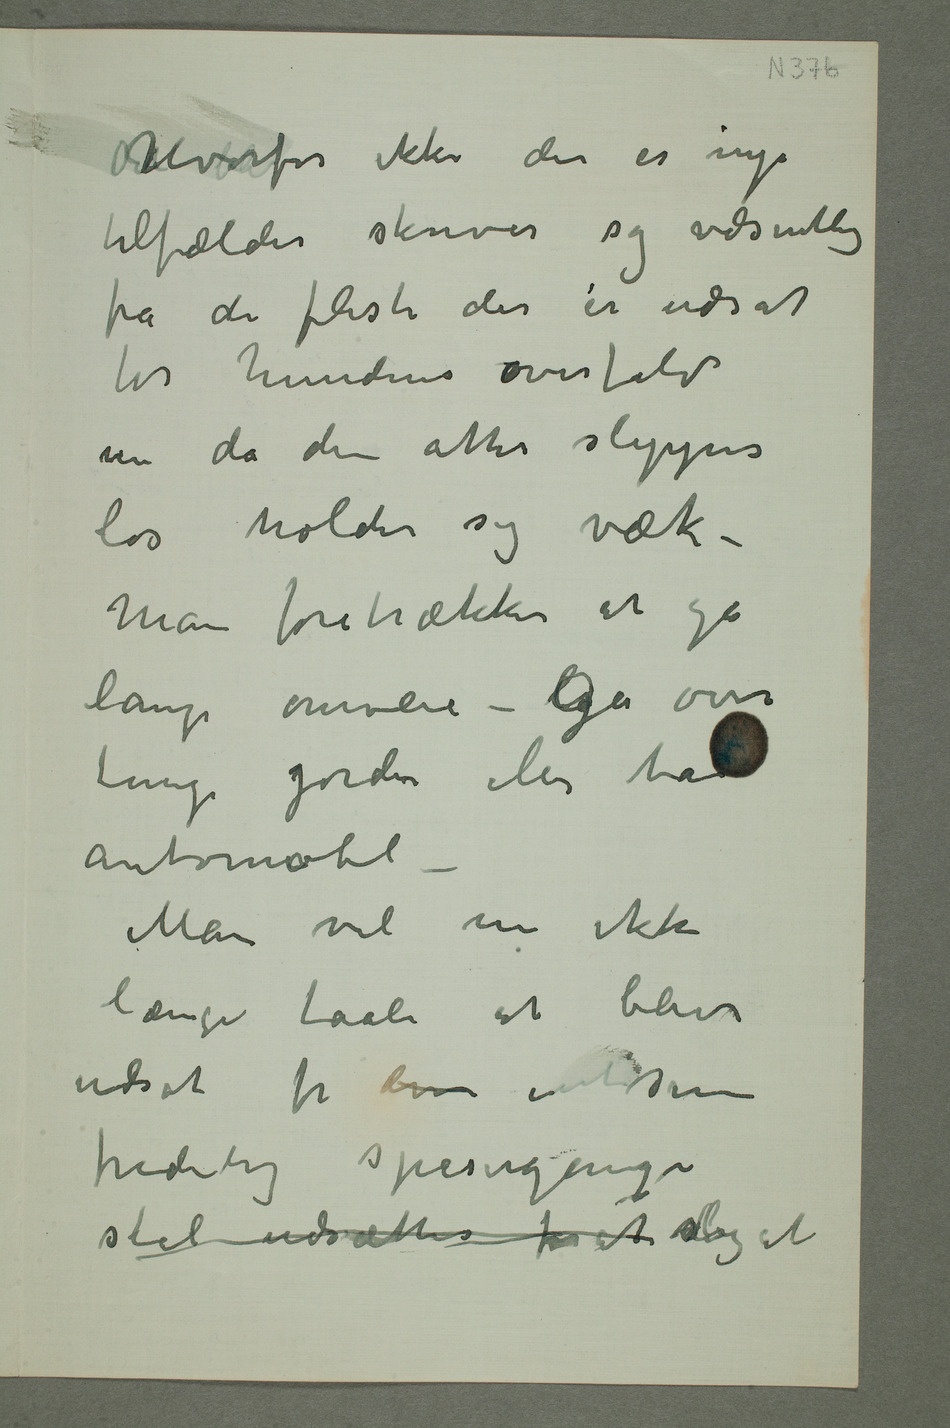
tilfælder skriver sig væsentlig
fra de fleste der er udsat
for hundens overfald
nu da den atter slippes
løs holder sig væk –
Man foretrækker at gå
lange omveie – Gå over
automobil –
Man vil nu ikke
længer taale at blive
udsat for disse i sin
fredelig spasergange
skal udsættes for at slig at